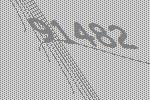
91482